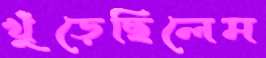
খুঁড়েছিলেম